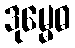
ဒုမ္မေဓ